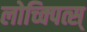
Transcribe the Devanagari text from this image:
लोच्क्पित्स्